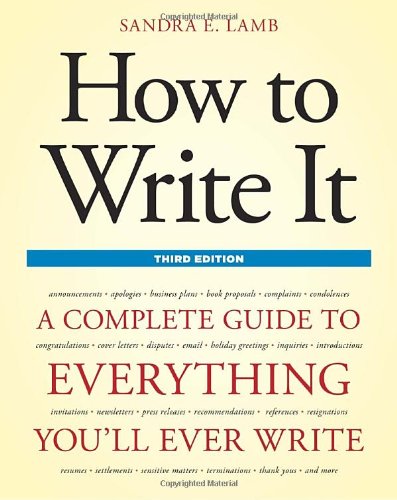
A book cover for How to Write It, Third Edition: A Complete Guide to Everything You'll Ever Write; Sandra E. Lamb; Business & Money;